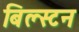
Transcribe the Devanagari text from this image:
बिल्स्टन